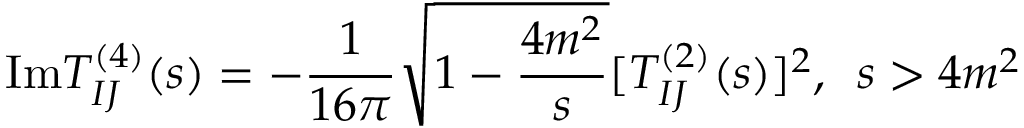
\mathrm { I m } T _ { I J } ^ { ( 4 ) } ( s ) = - { \frac { 1 } { 1 6 \pi } } \sqrt { 1 - { \frac { 4 m ^ { 2 } } { s } } } [ T _ { I J } ^ { ( 2 ) } ( s ) ] ^ { 2 } , \, \, \, s > 4 m ^ { 2 }